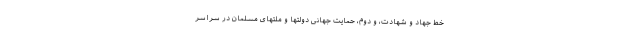
خطّ جهاد و شهادت، و دوّم، حمایت جهانی دولتها و ملّتهای مسلمان در سراسر